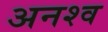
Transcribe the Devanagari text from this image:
अनश्व